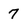
Character: 7